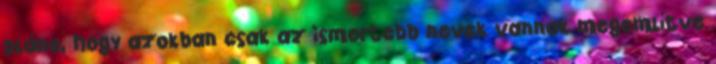
pláne, hogy azokban csak az ismertebb nevek vannak megemlítve